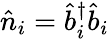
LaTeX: \hat{n}_{i}=\hat{b}_{i}^{\dagger}\hat{b}_{i}